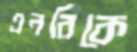
এনরিকে